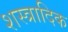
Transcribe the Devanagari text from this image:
शस्त्रादिक